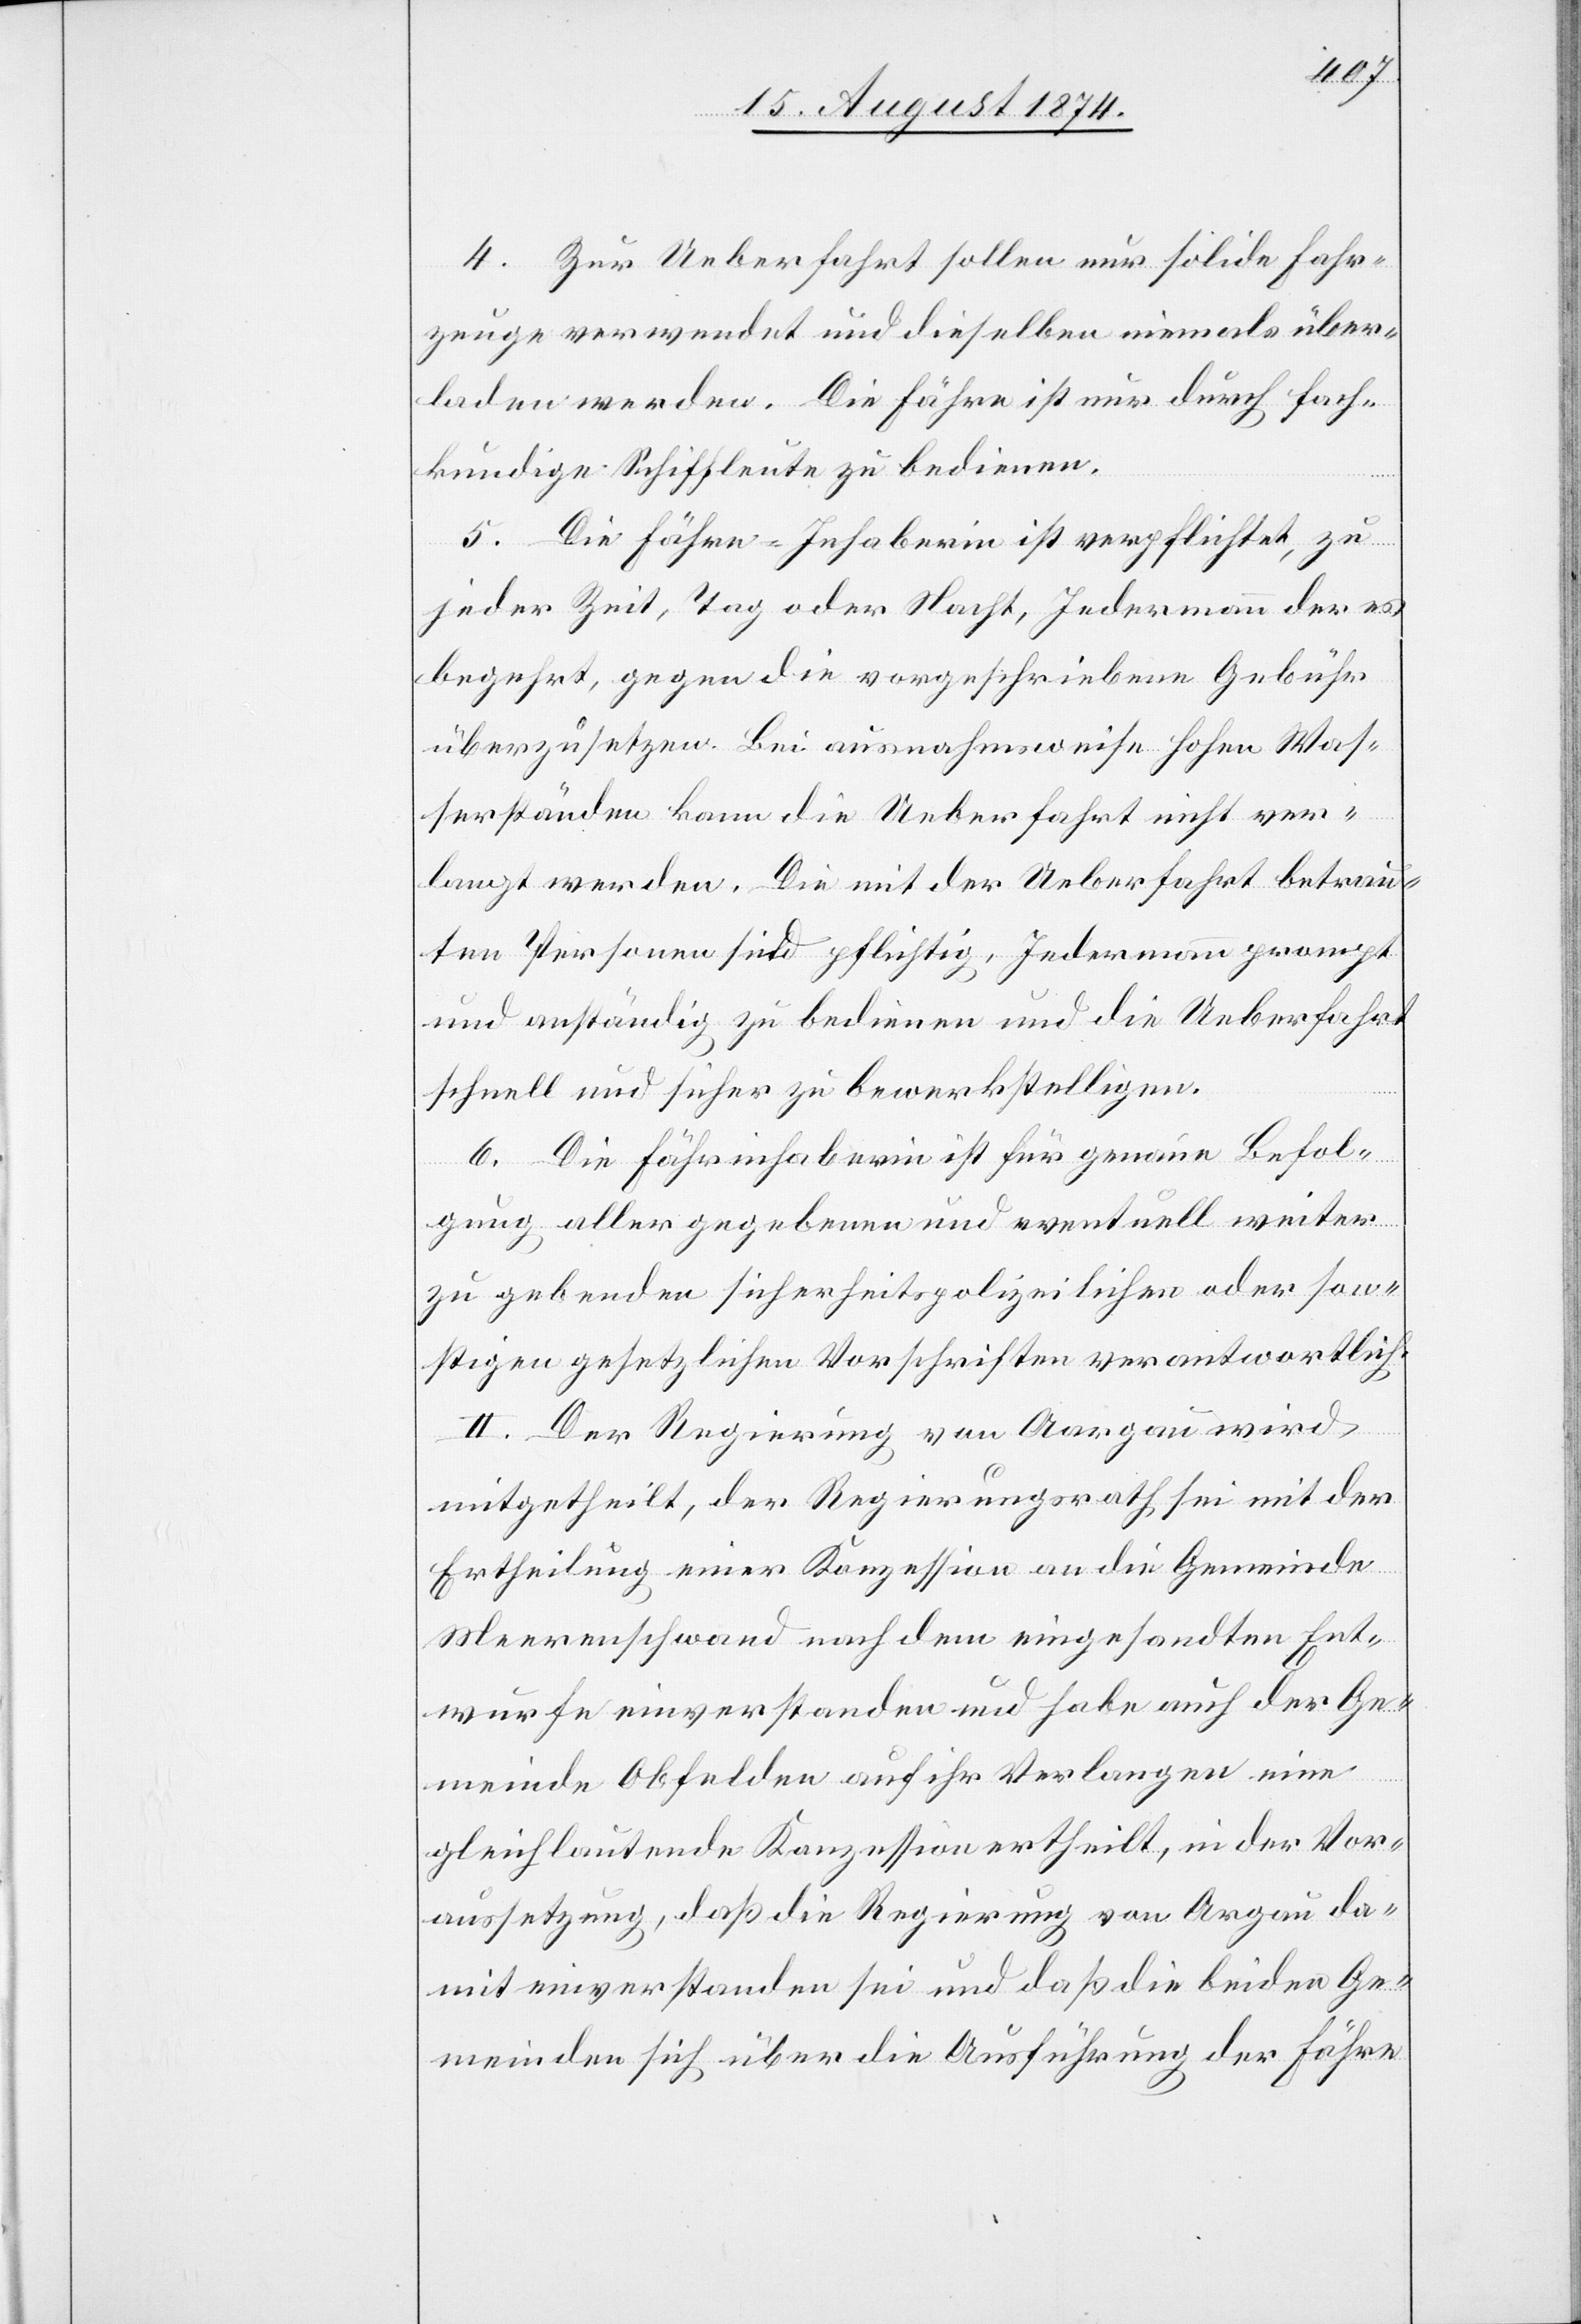
4. Zur Ueberfahrt sollen nur solide Fahr¬
zeuge verwendet und dieselben niemals über¬
laden werden. Die Fähre ist nur durch fach¬
kundige Schiffleute zu bedienen.
5. Die Fährinhaberin ist verpflichtet, zu
jeder Zeit, Tag oder Nacht, Jedermann der es
begehrt, gegen die vorgeschriebene Gebühr
überzusetzen. Bei ausnahmsweise hohen Was¬
serständen kann die Ueberfahrt nicht ver¬
langt werden. Die mit der Ueberfahrt betrau¬
ten Personen sind pflichtig, Jedermann prompt
und anständig zu bedienen und die Ueberfahrt
schnell und sicher zu bewerkstelligen.
6. Die Fährinhaberin ist für genaue Befol¬
gung, aller gegebenen und eventuell weiter
zu gebenden sicherheitspolizeilichen oder son¬
stigen gesetzlichen Vorschriften verantwortlich.
II. Der Regierung von Aargau wird
mitgetheilt, der Regierungsrath sei mit der
Ertheilung einer Konzession an die Gemeinde
Meerenschwand [sic!] nach dem eingesandten Ent¬
wurfe einverstanden und habe auch der Ge¬
meinde Obfelden auf ihr Verlangen eine
gleichlautende Konzession ertheilt, in der Vor¬
aussetzung, daß die Regierung von A[a]rgau da¬
mit einverstanden sei und daß die beiden Ge¬
meinden sich über die Ausführung der Fähre